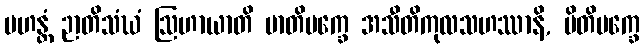
မဟန္တံ ဉာတိသံဃံ ဩဟာယာတိ မာတိပက္ခေ အသီတိကုလသဟဿာနိ, ပိတိပက္ခေ